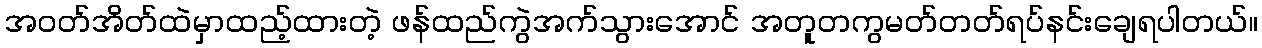
အဝတ်အိတ်ထဲမှာထည့်ထားတဲ့ ဖန်ထည်ကွဲအက်သွားအောင် အတူတကွမတ်တတ်ရပ်နင်းချေရပါတယ်။